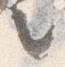
言